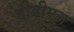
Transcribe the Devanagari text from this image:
डीडीएस